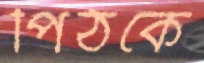
পিঠকে